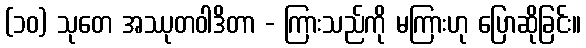
(၁၀) သုတေ အဿုတဝါဒိတာ - ကြားသည်ကို မကြားဟု ပြောဆိုခြင်း။